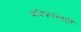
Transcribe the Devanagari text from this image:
यत्रिकांसाठी